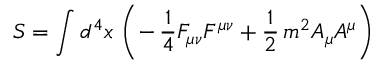
S = \int d ^ { 4 } x \, \left( - \, \frac { 1 } { 4 } F _ { \mu \nu } F ^ { \mu \nu } + \frac { 1 } { 2 } \, m ^ { 2 } A _ { \mu } A ^ { \mu } \right)